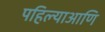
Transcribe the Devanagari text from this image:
पहिल्याआणि